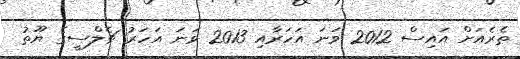
ތެރެއަށް އައިސް 2012 ވަނަ އަހަރާއި 2013 ވަނަ އަހަރު ޗެލްސީގެ ޔޫތު